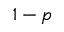
1 - p